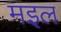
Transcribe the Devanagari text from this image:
मइल